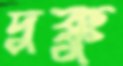
দুক্কু